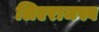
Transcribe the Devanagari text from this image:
लिएराजस्व